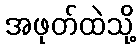
အဖုတ်ထဲသို့